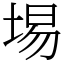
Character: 埸